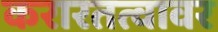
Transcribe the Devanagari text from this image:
करारतत्वावर